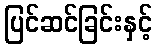
ပြင်ဆင်ခြင်းနှင့်